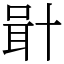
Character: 𠦫